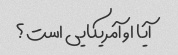
آیا او آمریکایی است؟